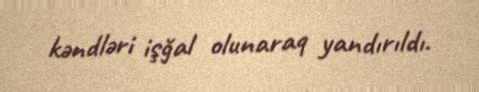
kəndləri işğal olunaraq yandırıldı.